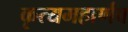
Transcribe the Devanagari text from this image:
कृत्यमहार्णव